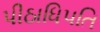
પીઠાધિપતિ